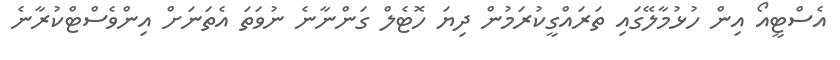
އެސްޓީއޯ އިން ހުޅުމާލޭގައި ތަރައްގީކުރަމުން ދިޔަ ހޮޓެލް ގަންނާނެ ނުވަތަ އެތަނަށް އިންވެސްޓްކުރާނެ